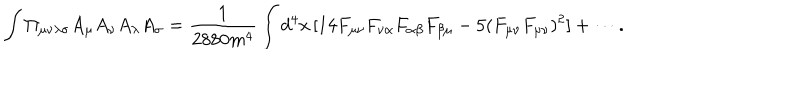
\int \Pi _ { \mu \nu \lambda \sigma } A _ { \mu } A _ { \nu } A _ { \lambda } A _ { \sigma } = \frac { 1 } { 2 8 8 0 m ^ { 4 } } \int d ^ { 4 } x \, [ 1 4 F _ { \mu \nu } F _ { \nu \alpha } F _ { \alpha \beta } F _ { \beta \mu } - 5 ( F _ { \mu \nu } F _ { \mu \nu } ) ^ { 2 } ] + \cdots .